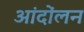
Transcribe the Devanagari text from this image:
आंदोंलन